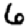
Digit: 6